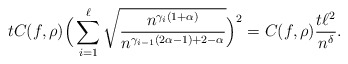
\begin{align*}tC(f,\rho)\Big(\sum_{i=1}^\ell\sqrt{\frac{n^{\gamma_i (1+\alpha)}}{n^{\gamma_{i-1}(2\alpha-1)+2-\alpha}}}\Big)^2=C(f,\rho) \frac{t \ell^2}{n^\delta}.\end{align*}